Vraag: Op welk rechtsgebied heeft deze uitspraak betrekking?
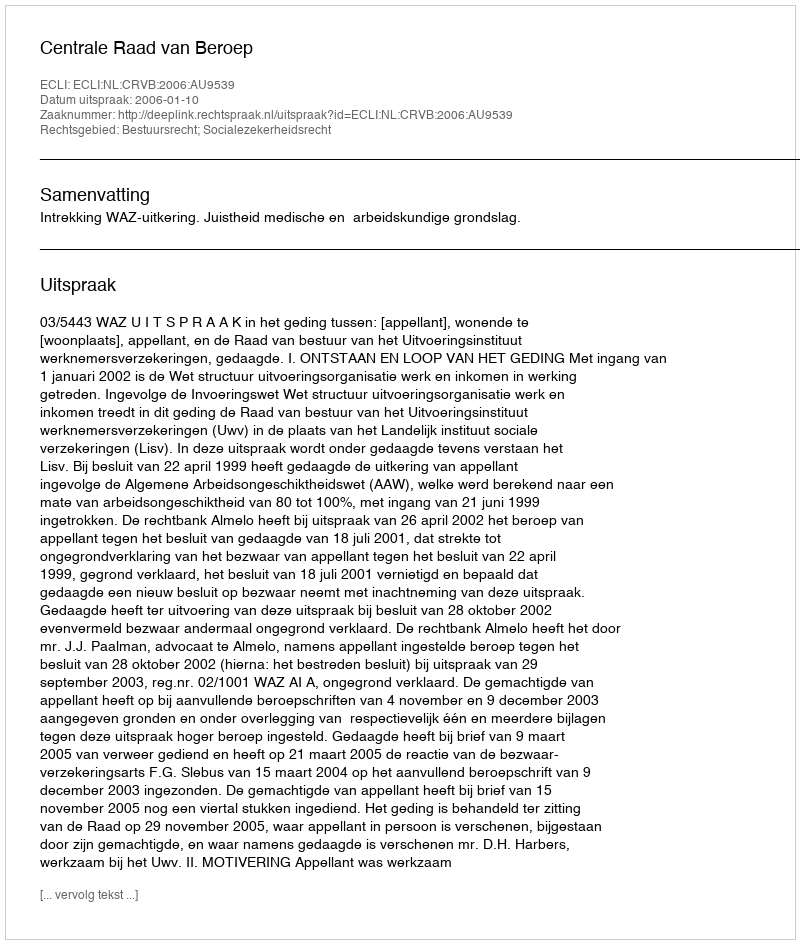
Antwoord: Bestuursrecht; Socialezekerheidsrecht